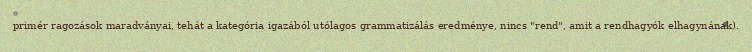
primér ragozások maradványai, tehát a kategória igazából utólagos grammatizálás eredménye, nincs "rend", amit a rendhagyók elhagynának).